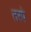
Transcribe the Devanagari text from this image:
तरपे